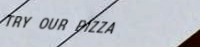
TRY OUR PIZZA